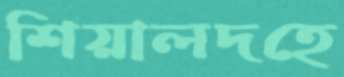
শিয়ালদহে